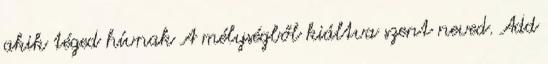
akik téged hívnak A mélységből kiáltva szent neved. Add